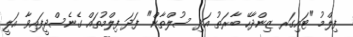
ފިލްމު "ޓައިގަރ ޒިންދާހޭ ބާރަތު އަދި ސުލްތާން" ފަދަ ފިލްމުތައް ގެނެސްދީފައިވާ އަލީ